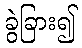
ခွဲခြား၍